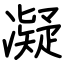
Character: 凝